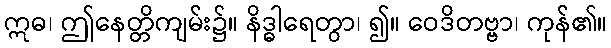
ဣဓ၊ ဤနေတ္တိကျမ်း၌။ နိဒ္ဓါရေတွာ၊ ၍။ ဝေဒိတဗ္ဗာ၊ ကုန်၏။